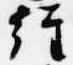
経